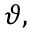
\vartheta ,